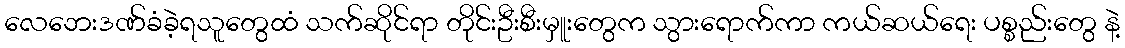
လေဘေးဒဏ်ခံခဲ့ရသူတွေထံ သက်ဆိုင်ရာ တိုင်းဦးစီးမှူးတွေက သွားရောက်ကာ ကယ်ဆယ်ရေး ပစ္စည်းတွေ နဲ့